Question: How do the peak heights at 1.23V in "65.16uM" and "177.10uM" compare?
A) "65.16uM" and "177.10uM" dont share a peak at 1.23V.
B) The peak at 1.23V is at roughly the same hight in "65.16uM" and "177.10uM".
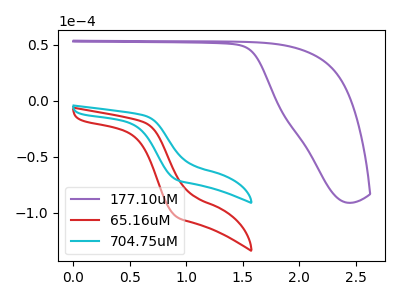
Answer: <think>The purple curve "177.10uM" has no peaks. The red curve "65.16uM" has no peaks. The cyan curve "704.75uM" has no peaks.</think>
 <answer>A) "65.16uM" and "177.10uM" dont share a peak at 1.23V.</answer>
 <eval>A</eval>